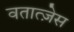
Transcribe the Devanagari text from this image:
वतात्ज़ेस